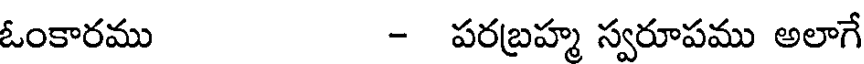
ఓంకారము - పరబ్రహ్మ స్వరూపము అలాగే